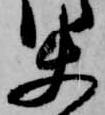
使